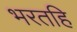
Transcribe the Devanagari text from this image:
भरतहि